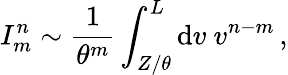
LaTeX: I_{m}^{n}\sim\frac{1}{\theta^{m}}\int_{Z/\theta}^{L}\mathrm{d}v\ v^{n-m}\, ,